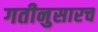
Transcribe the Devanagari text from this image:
गतीनुसारच